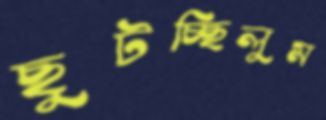
ছুটচ্ছিলুম